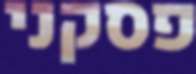
פסקני